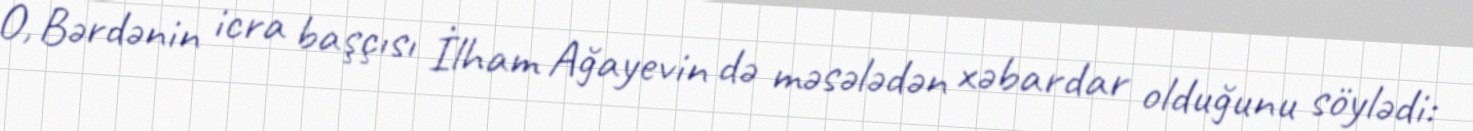
O, Bərdənin icra başçısı İlham Ağayevin də məsələdən xəbardar olduğunu söylədi: